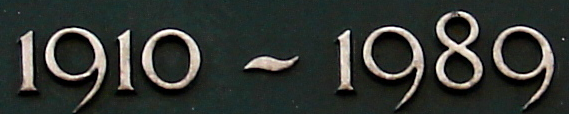
1910~1989